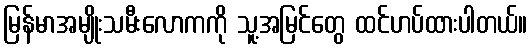
မြန်မာအမျိုးသမီးလောကကို သူ့အမြင်တွေ ထင်ဟပ်ထားပါတယ်။